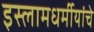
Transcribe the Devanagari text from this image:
इस्लामधर्मीयांचे